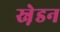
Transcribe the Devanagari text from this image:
स्ने़डन